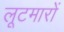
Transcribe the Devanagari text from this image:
लूटमारों